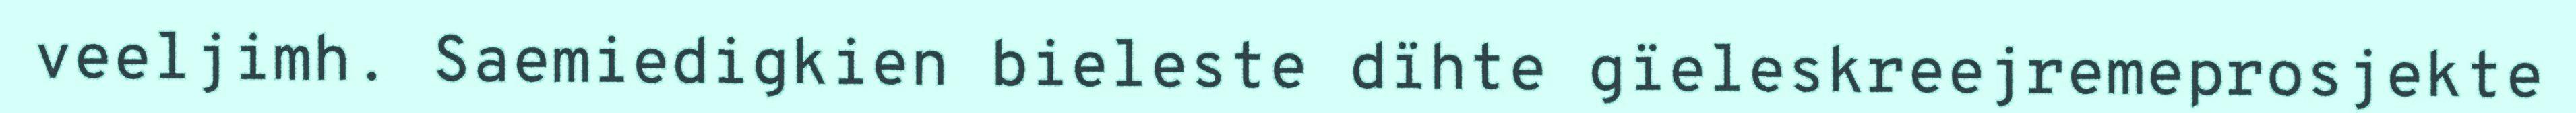
veeljimh. Saemiedigkien bieleste dïhte gïeleskreejremeprosjekte